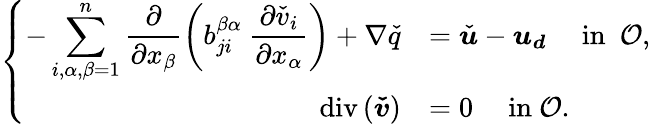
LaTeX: \left\{ \begin{array}{rlc}{-\displaystyle\sum_{i,\alpha,\beta=1}^{n}\frac{\partial}{\partial x_{\beta}}\left(b_{ji}^{\beta\alpha}\ \frac{\partial{\check{v}_{i}}}{\partial x_{\alpha}}\right)+\nabla\check{q}}&{=\check{\boldsymbol u}-\boldsymbol{u_{d}}\quad\mathrm{~in~}\ {\mathcal{O}},}\\ {\operatorname{div}\left(\boldsymbol{\check{v}}\right)}&{=0\quad\mathrm{~in~}{\mathcal{O}}.}\end{array}\right.